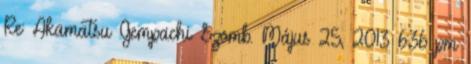
Re: Akamatsu Gempachi Szomb. Május 25, 2013 6:36 pm